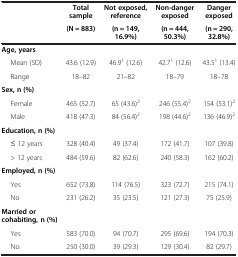
<table><thead><tr><td rowspan="2"><b> </b></td><td><b>Total sample</b></td><td><b>Not exposed, reference</b></td><td><b>Non-danger exposed</b></td><td><b>Danger exposed</b></td></tr><tr><td><b>(N = 883)</b></td><td><b>(n = 149, 16.9%)</b></td><td><b>(n = 444, 50.3%)</b></td><td><b>(n = 290, 32.8%)</b></td></tr></thead><tbody><tr><td><b>Age, years</b></td><td> </td><td> </td><td> </td><td> </td></tr><tr><td>Mean (SD)</td><td>43.6 (12.9)</td><td>46.9<sup>1</sup> (12.6)</td><td>42.7<sup>1</sup> (12.6)</td><td>43.5<sup>1</sup> (13.4)</td></tr><tr><td>Range</td><td>18–82</td><td>21–82</td><td>18–79</td><td>18–78</td></tr><tr><td><b>Sex, n (%)</b></td><td> </td><td> </td><td> </td><td> </td></tr><tr><td>Female</td><td>465 (52.7)</td><td>65 (43.6)<sup>2</sup></td><td>246 (55.4)<sup>2</sup></td><td>154 (53.1)<sup>2</sup></td></tr><tr><td>Male</td><td>418 (47.3)</td><td>84 (56.4)<sup>2</sup></td><td>198 (44.6)<sup>2</sup></td><td>136 (46.9)<sup>2</sup></td></tr><tr><td><b>Education, n (%)</b></td><td> </td><td> </td><td> </td><td> </td></tr><tr><td>≤ 12 years</td><td>328 (40.4)</td><td>49 (37.4)</td><td>172 (41.7)</td><td>107 (39.8)</td></tr><tr><td>&gt; 12 years</td><td>484 (59.6)</td><td>82 (62.6)</td><td>240 (58.3)</td><td>162 (60.2)</td></tr><tr><td><b>Employed, n (%)</b></td><td> </td><td> </td><td> </td><td> </td></tr><tr><td>Yes</td><td>652 (73.8)</td><td>114 (76.5)</td><td>323 (72.7)</td><td>215 (74.1)</td></tr><tr><td>No</td><td>231 (26.2)</td><td>35 (23.5)</td><td>121 (27.3)</td><td>75 (25.9)</td></tr><tr><td><b>Married or cohabiting, n (%)</b></td><td> </td><td> </td><td> </td><td> </td></tr><tr><td>Yes</td><td>583 (70.0)</td><td>94 (70.7)</td><td>295 (69.6)</td><td>194 (70.3)</td></tr><tr><td>No</td><td>250 (30.0)</td><td>39 (29.3)</td><td>129 (30.4)</td><td>82 (29.7)</td></tr></tbody></table>